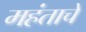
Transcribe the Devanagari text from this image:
महंताचे